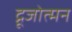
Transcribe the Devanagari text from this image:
द्रूजोत्मन